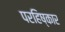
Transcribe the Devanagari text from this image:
परहिष्कार